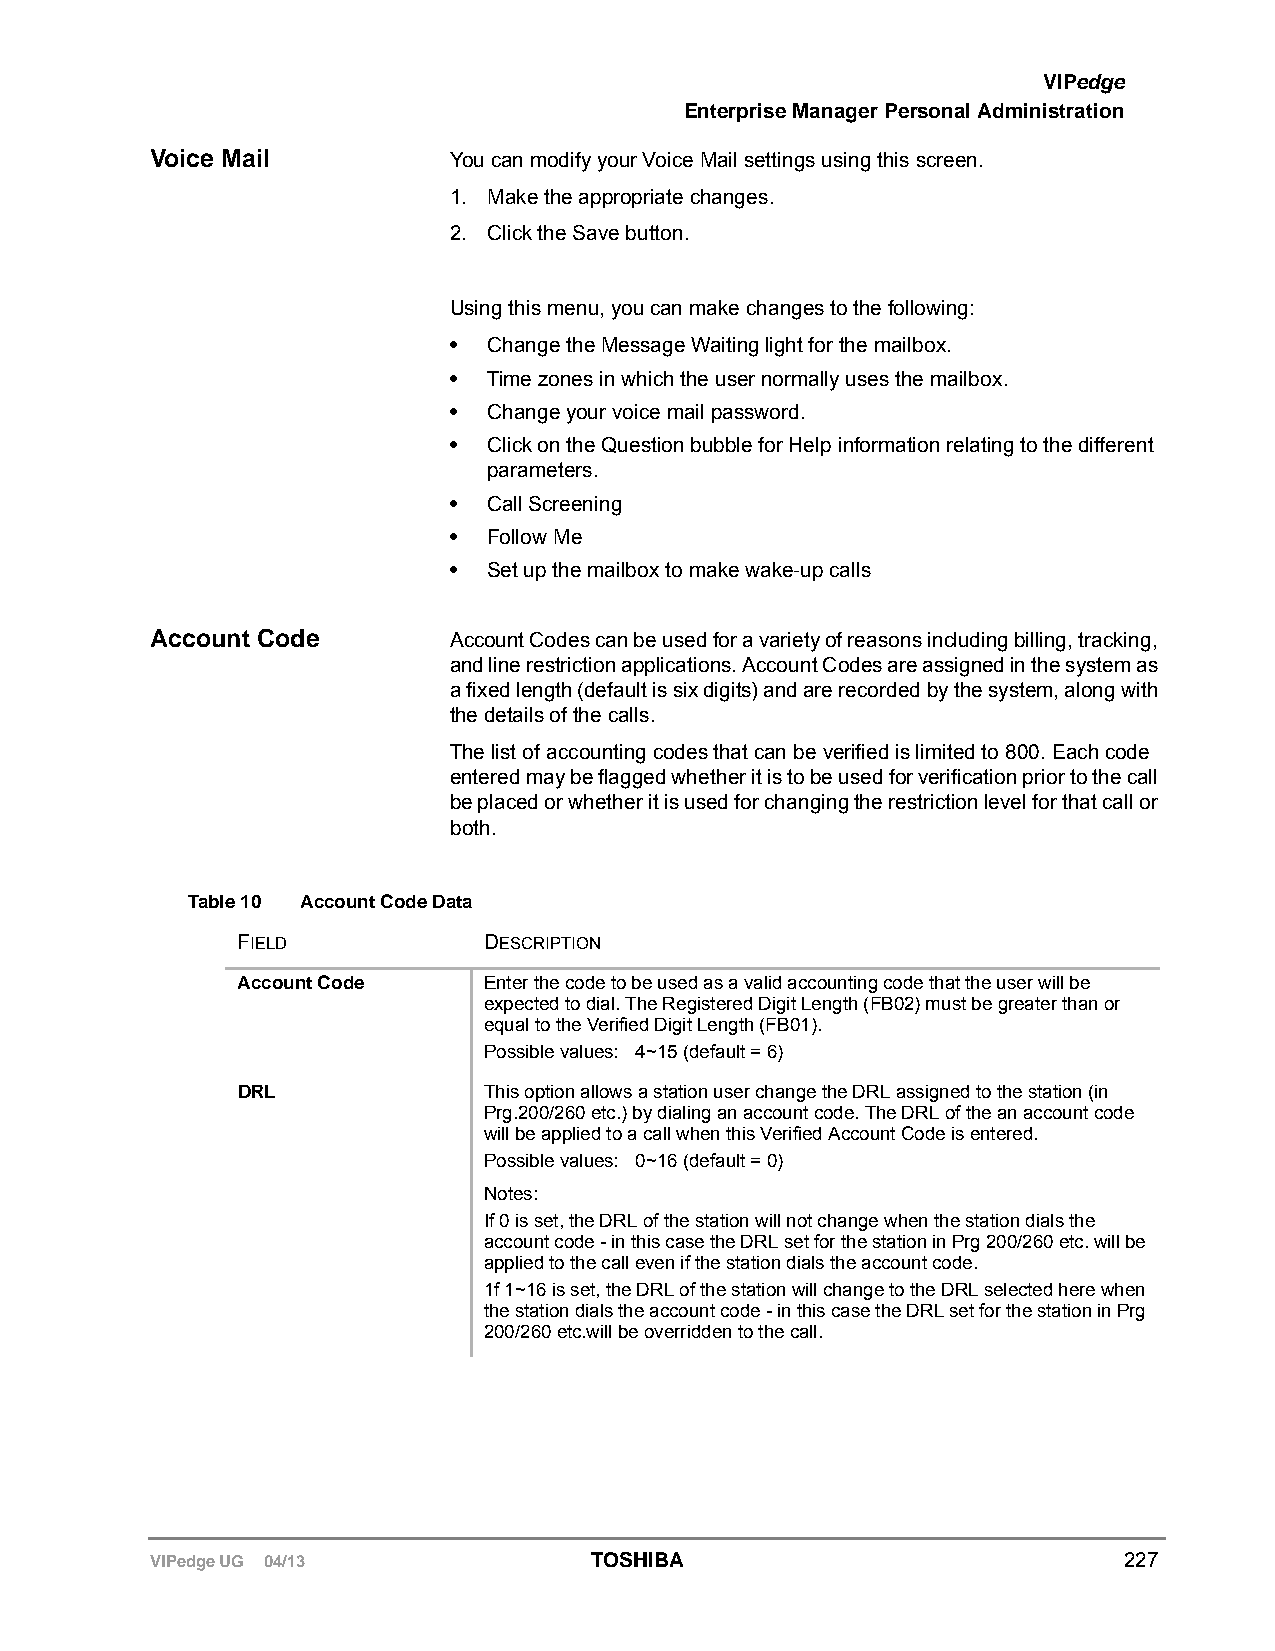
VIPedge
 Enterprise Manager Personal Administration
 Voice Mail          You can modify your Voice Mail settings using this screen.
 1. Make the appropriate changes.
 2. Click the Save button.
 Using this menu, you can make changes to the following:
 • Change the Message Waiting light for the mailbox.
 • Time zones in which the user normally uses the mailbox.
 • Change your voice mail password.
 • Click on the Question bubble for Help information relating to the different
 parameters.
 • Call Screening
 • Follow Me
 • Set up the mailbox to make wake-up calls
 Account Code        Account Codes can be used for a variety of reasons including billing, tracking,
 and line restriction applications. Account Codes are assigned in the system as
 a fixed length (default is six digits) and are recorded by the system, along with
 the details of the calls.
 The list of accounting codes that can be verified is limited to 800. Each code
 entered may be flagged whether it is to be used for verification prior to the call
 be placed or whether it is used for changing the restriction level for that call or
 both.
 Table 10 Account Code Data
 FIELD           DESCRIPTION
 Account Code    Enter the code to be used as a valid accounting code that the user will be
 expected to dial. The Registered Digit Length (FB02) must be greater than or
 equal to the Verified Digit Length (FB01).
 Possible values: 4~15 (default = 6)
 DRL             This option allows a station user change the DRL assigned to the station (in
 Prg.200/260 etc.) by dialing an account code. The DRL of the an account code
 will be applied to a call when this Verified Account Code is entered.
 Possible values: 0~16 (default = 0)
 Notes:
 If 0 is set, the DRL of the station will not change when the station dials the
 account code - in this case the DRL set for the station in Prg 200/260 etc. will be
 applied to the call even if the station dials the account code.
 1f 1~16 is set, the DRL of the station will change to the DRL selected here when
 the station dials the account code - in this case the DRL set for the station in Prg
 200/260 etc.will be overridden to the call.
 VIPedge UG 04/13             TOSHIBA                            227